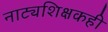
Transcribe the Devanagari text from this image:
नाट्यशिक्षकही